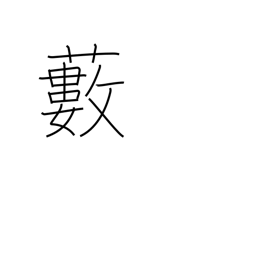
Meaning: grove